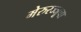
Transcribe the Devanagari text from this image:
मेरुरज्जूचा